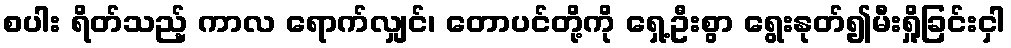
စပါး ရိတ်သည့် ကာလ ရောက်လျှင်၊ တောပင်တို့ကို ရှေ့ဦးစွာ ရွေးနုတ်၍မီးရှို့ခြင်းငှါ